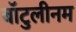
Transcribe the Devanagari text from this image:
बॉटुलीनम